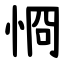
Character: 㤯